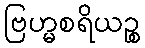
ဗြဟ္မစရိယဉ္စ